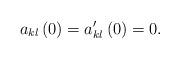
LaTeX: \begin{align*}a_{kl}\left( 0\right) =a_{kl}^{\prime }\left( 0\right) =0. \end{align*}